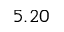
5 . 2 0